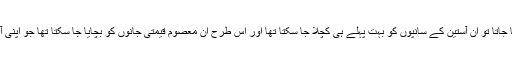
اگر ان سماج دشمن عناصر کے خلاف پہلے ہی پوری شدت کے ساتھ آپریشن کیا جاتا تو ان آستین کے سانپوں کو بہت پہلے ہی کچلا جا سکتا تھا اور اس طرح ان معصوم قیمتی جانوں کو بچایا جا سکتا تھا جو اپنی آنکھوں میں سنہرے مستقبل کے خواب سجائے شہادت کے ربتے پر فائز ہوگے۔